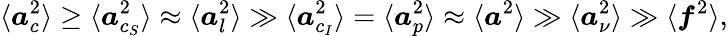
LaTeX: \langle\boldsymbol{a}_{c}^{2}\rangle\ge\langle\boldsymbol{a}_{c_{S}}^{2}\rangle\approx\langle\boldsymbol{a}_{l}^{2}\rangle\gg\langle\boldsymbol{a}_{c_{I}}^{2}\rangle=\langle\boldsymbol{a}_{p}^{2}\rangle\approx\langle\boldsymbol{a}^{2}\rangle\gg\langle\boldsymbol{a}_{\nu}^{2}\rangle\gg\langle\boldsymbol{f}^{2}\rangle,